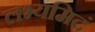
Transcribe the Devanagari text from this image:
लभ्यमिदं